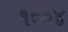
૧૦૦૪